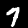
Digit: 7